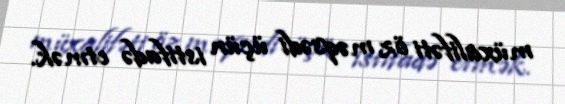
müxalifəti öz məqsədi üçün istifadə etmək.